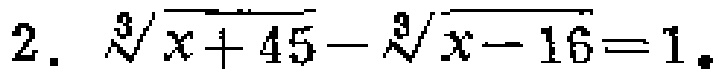
$2.\ \sqrt[3]{x + 45}-\sqrt[3]{x - 16}=1.$